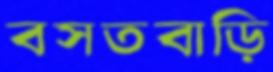
বসতবাড়ি